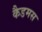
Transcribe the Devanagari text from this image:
कैडमस